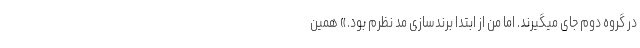
در گروه دوم جای میگیرند. اما من از ابتدا برندسازی مد نظرم بود.» همین